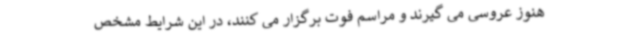
هنوز عروسی می گیرند و مراسم فوت برگزار می کنند، در این شرایط مشخص